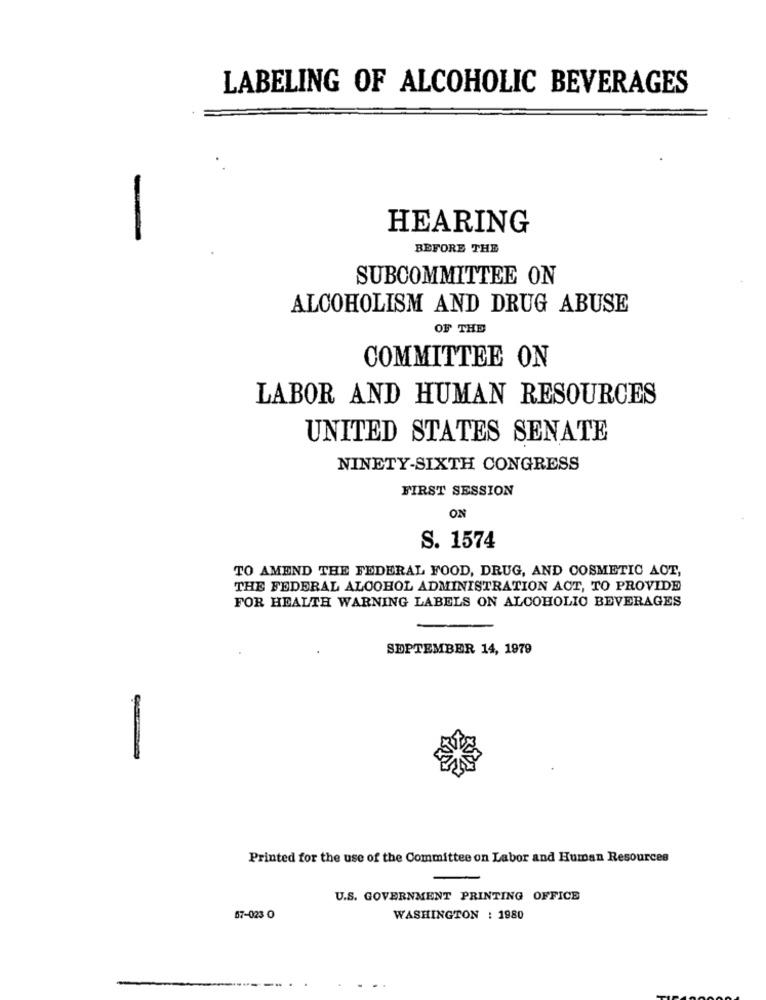
LABELING OF ALCOHOLIC BEVERAGES
HEARING
BEFORE THE
SUBCOMMITTEE ON
ALCOHOLISM AND DRUG ABUSE
OF THE
COMMITTEE ON
LABOR AND HUMAN RESOURCES
UNITED STATES SENATE
NINETY-SIXTH CONGRESS
FIRST SESSION
ON
S. 1574
TO AMEND THE FEDERAL FOOD, DRUG, AND COSMETIC ACT,
THE FEDERAL ALCOHOL ADMINISTRATION ACT, TO PROVIDE
FOR HEALTH WARNING LABELS ON ALCOHOLIC BEVERAGES
SEPTEMBER 14, 1979
-
Printed for the use of the Committee on Labor and Human Resources
U.S. GOVERNMENT PRINTING OFFICE
67-023 0
WASHINGTON : 1980